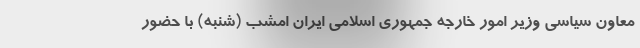
معاون سیاسی وزیر امور خارجه جمهوری اسلامی ایران امشب (شنبه) با حضور